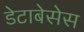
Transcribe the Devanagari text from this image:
डेटाबेसेस